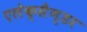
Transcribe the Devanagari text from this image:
एलेक्सैण्डर